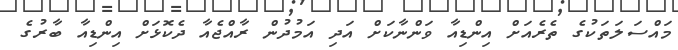
މައްސަލަތަކުގެ ތެރެއަށް އިންޑިއާ ވަންނާކަށް އަދި އަމުދުން ރާއްޖެއާ ދެކޮޅަށް އިންޑިއާ ބާރުގެ